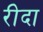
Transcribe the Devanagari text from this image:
रीदा